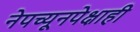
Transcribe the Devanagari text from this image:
नेपच्यूनपेक्षाही